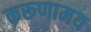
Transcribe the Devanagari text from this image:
करूणामय